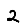
Digit: 2